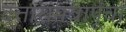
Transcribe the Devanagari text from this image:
दत्तारामबापूंचा